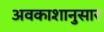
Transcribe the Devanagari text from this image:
अवकाशानुसार